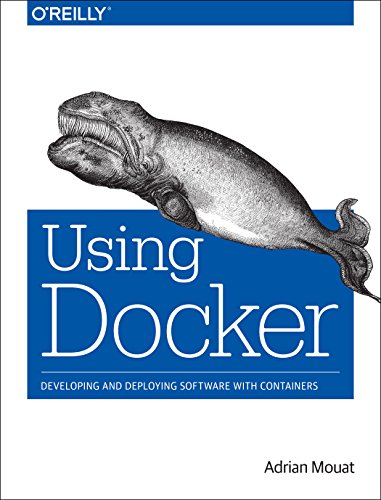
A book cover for Using Docker; Adrian Mouat; Computers & Technology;